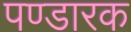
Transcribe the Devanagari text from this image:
पण्डारक